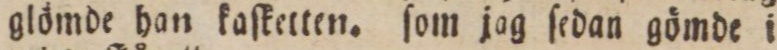
glömde han kaſketten. ſom jag ſedan gömde i